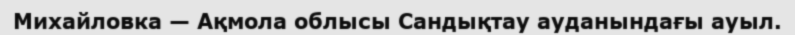
Михайловка — Ақмола облысы Сандықтау ауданындағы ауыл.